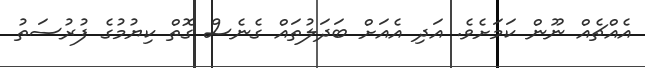
އެއްޗެއް ނޫން ކަމަށެވެ. އަދި އެއަށް ބަދަލުތައް ގެނެސް ގޮތް ކިޔުމުގެ ފުރުސަތު